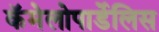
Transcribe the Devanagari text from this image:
कॅमेलोपार्डेलिस